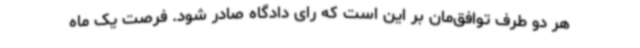
هر دو طرف توافق‌مان بر این است که رای دادگاه صادر شود. فرصت یک ماه